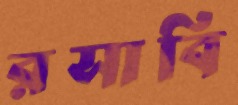
রসাবি